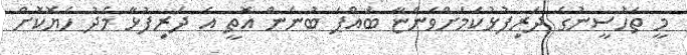
މީ ތަހުސީނުގެ ދަރިފުޅުކަމަށްވަންޏާ ބައްޕަ ބުނަން އޮތީ އެ ދަރިފުޅާ މެދު ހެޔޮކޮށް